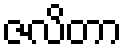
ဇလိတာ